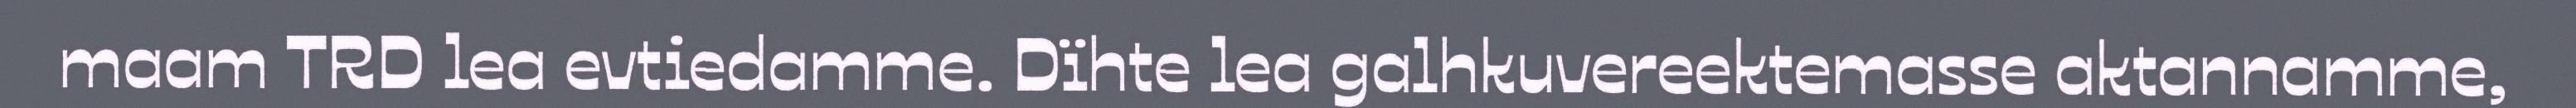
maam TRD lea evtiedamme. Dïhte lea galhkuvereektemasse aktannamme,